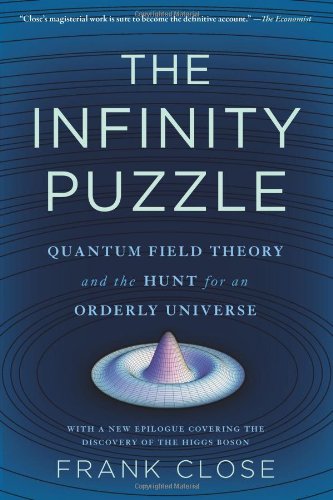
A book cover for The Infinity Puzzle: Quantum Field Theory and the Hunt for an Orderly Universe; Frank Close; Science & Math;